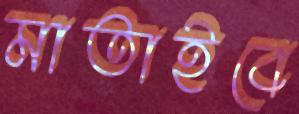
মাতাইবে